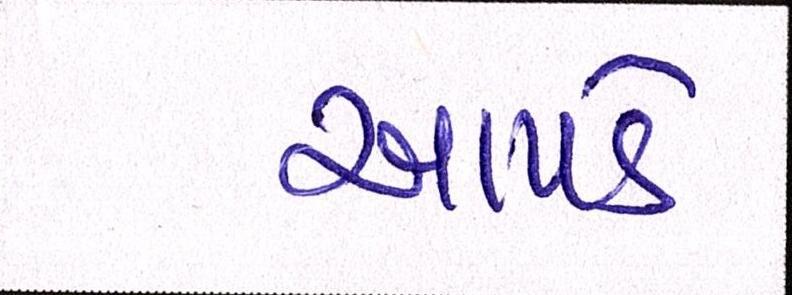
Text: આપડે